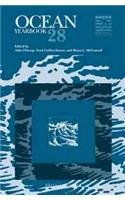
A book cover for Ocean Yearbook 28; Law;